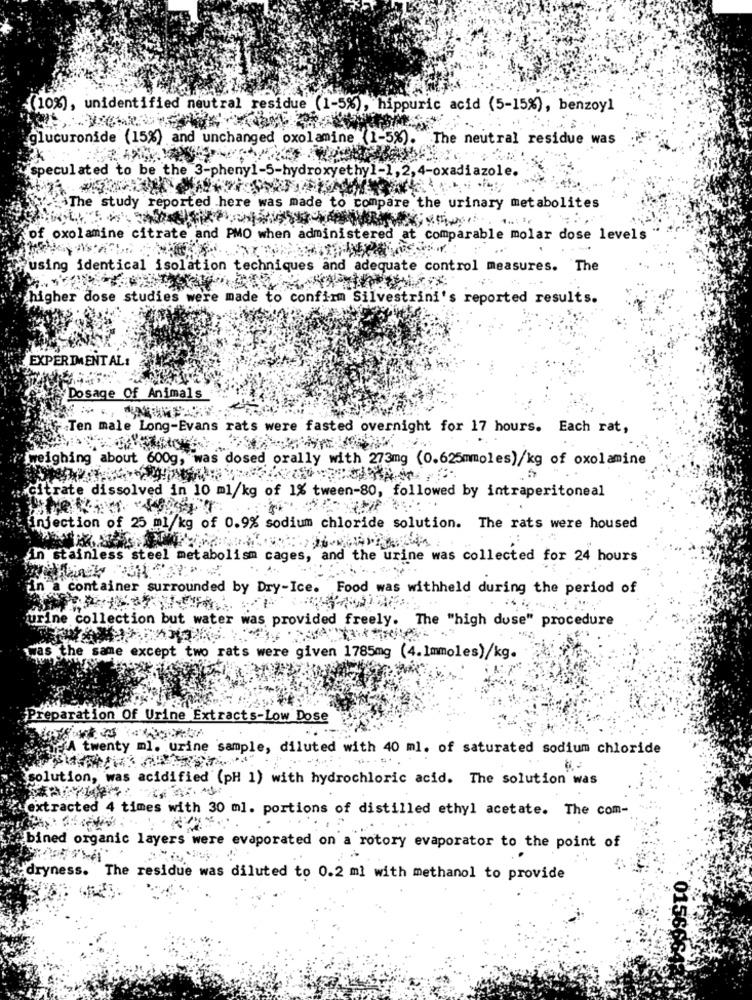
-(10%), unidentified neutral residue (1-5%), hippuric acid (5-15%), benzoyl
.glucuronide (15%) and unchanged oxolamine (1-5%). The neutral residue was
speculated to be the 3-phenyl-5-hydroxyethyl-1, 2,4-oxadiazole.
>The study reported here was made to compare the urinary metabolites
of oxolamine citrate and PMO when administered at comparable molar dose levels
ing identical isolation techniques and adequate control measures. The
higher dose studies were made to confirm Silvestrini's reported results.
EXPERIMENTAL:
Dosage Of Animals
-Ten male Long-Evans rats were fasted overnight for 17 hours. Each rat,
weighing about 600g, was dosed orally with 273mg (0.625mmoles)/kg of oxolamine
itrate dissolved in 10 ml/kg of 1% tween-80, followed by intraperitoneal
injection of 25 ml/kg of 0.9% sodium chloride solution. The rats were housed
In stainless steel metabolism cages, and the urine was collected for 24 hours
in a container surrounded by Dry-Ice. Food was withheld during the period of
urine collection but water was provided freely. The "high duse" procedure
s the same except two rats were given 1785mg (4.1mmoles)/kg.
Preparation Of Urine Extracts-Low Dose
A twenty ml. urine sample, diluted with 40 ml. of saturated sodium chloride
solution, was acidified (pH 1) with hydrochloric acid. The solution was
cted 4 times with 30 ml. portions of distilled ethyl acetate. The com-
bi
d organic layers were evaporated on a rotory evaporator to the point of
ess. The residue was diluted to 0.2 ml with methanol to provide
015665